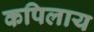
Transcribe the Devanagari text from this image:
कपिलाय